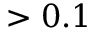
> 0 . 1